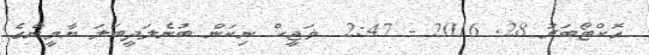
އޮކްޓޯބަރު 28